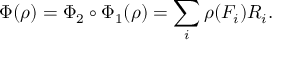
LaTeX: \Phi ( \rho ) = \Phi _ { 2 } \circ \Phi _ { 1 } ( \rho ) = \sum _ { i } \rho ( F _ { i } ) R _ { i } .